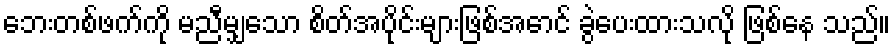
ဘေးတစ်ဖက်ကို မညီမျှသော စိတ်အပိုင်းများဖြစ်အောင် ခွဲပေးထားသလို ဖြစ်နေ သည်။